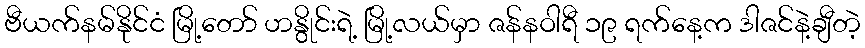
ဗီယက်နမ်နိုင်ငံ မြို့တော် ဟနွိုင်းရဲ့ မြို့လယ်မှာ ဇန်နဝါရီ ၁၉ ရက်နေ့က ဒါဇင်နဲ့ချီတဲ့